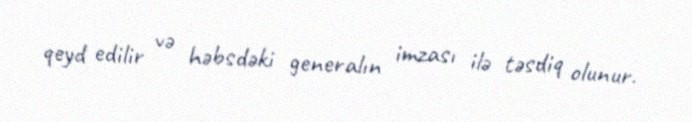
qeyd edilir və həbsdəki generalın imzası ilə təsdiq olunur.